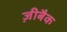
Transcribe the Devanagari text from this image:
ज़ीबैक